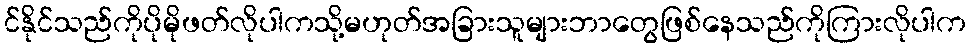
င်နိုင်သည်ကိုပိုမိုဖတ်လိုပါကသို့မဟုတ်အခြားသူများဘာတွေဖြစ်နေသည်ကိုကြားလိုပါက